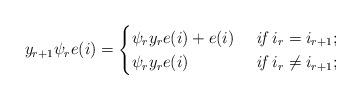
LaTeX: \begin{align*} y_{r+1} \psi_r e(i)=\begin{cases}\psi_r y_r e(i)+e(i) &\textit{ if } i_r= i_{r+1};\\\psi_r y_r e(i) &\textit{ if } i_r\neq i_{r+1};\end{cases}\end{align*}